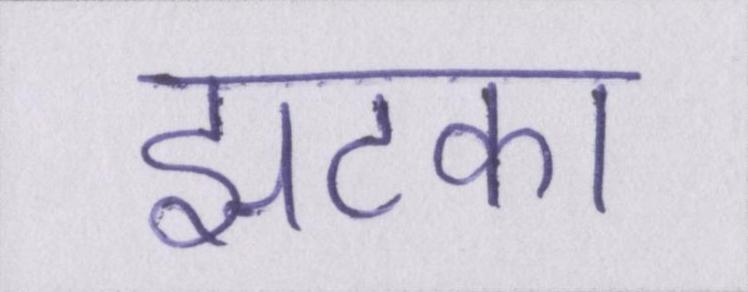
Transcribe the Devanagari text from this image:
झटका